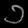
Digit: ၁